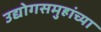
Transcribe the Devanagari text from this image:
उद्योगसमुहांच्या